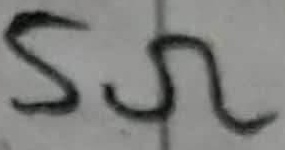
Text: 5Ω